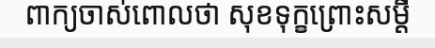
ពាក្យចាស់ពោលថា សុខទុក្ខព្រោះសម្តី